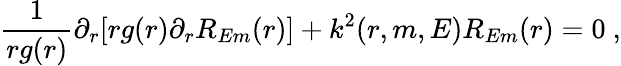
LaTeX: \frac{1}{rg(r)}\partial_{r}[rg(r)\partial_{r}R_{Em}(r)]+k^{2}(r,m,E)R_{Em}(r)=0~,